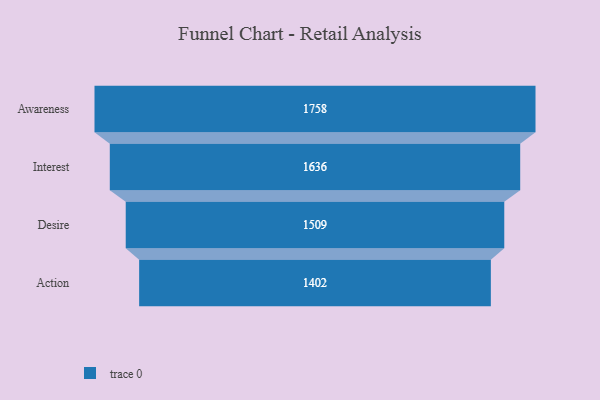
{"axis": {"x": "Stage", "y": "Value"}, "legend": [""], "data": [{"x": "Awareness", "y": 1758.0, "type": ""}, {"x": "Interest", "y": 1636.0, "type": ""}, {"x": "Desire", "y": 1509.0, "type": ""}, {"x": "Action", "y": 1402.0, "type": ""}]}